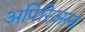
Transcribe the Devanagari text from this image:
अपिरिअन्स